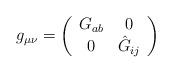
LaTeX: \begin{align*}g_{\mu\nu}= \left(\begin{array}{cc}G_{ab} & 0 \\0 & \hat{G}_{ij}\\\end{array}\right)\end{align*}